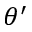
\theta ^ { \prime }